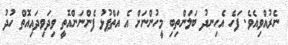
ނެރުއްވިއެވެ. ފަހެ އެހިނދު ބަލަންތިިބި މީހުންނަށް އެ އަތްޕުޅު ފެންނަންއޮތީ ވިދަވިދައިއޮތް ހުދު